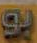
برو